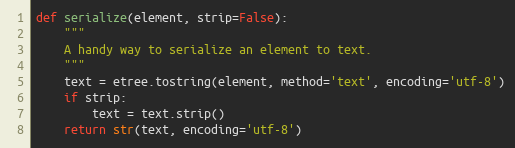
Language: Python
def serialize(element, strip=False):
    """
    A handy way to serialize an element to text.
    """
    text = etree.tostring(element, method='text', encoding='utf-8')
    if strip:
        text = text.strip()
    return str(text, encoding='utf-8')